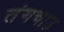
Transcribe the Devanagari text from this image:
तंगचाउ